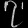
Digit: ၇